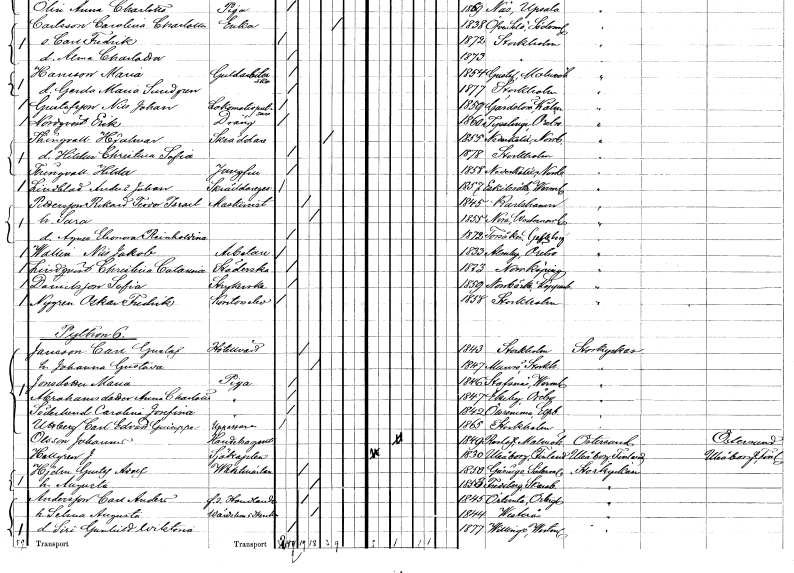
gt_parse: households: individuals: FN: Hjalmar
EN: Thingvall
YRKE: Skräddare
KON: M
CIV: E
FODAR: 1855
FODFORS: Nederkalix Norrbottens län
FN: Hildur Christina Sofia
KON: K
CIV: O
FODAR: 1878
FODFORS: Stockholm
FN: Hilda
EN: Thingvall
YRKE: Jungfru
KON: K
CIV: O
FODAR: 1858
FODFORS: Nederkalix Norrbottens län
FN: Anders Johan
EN: Lindblad
YRKE: Skräddaregesäll
KON: M
CIV: O
FODAR: 1857
FODFORS: Eskilsäter Värmlands län
FN: Rikard Teodor Israel
EN: Pettersson
YRKE: Maskinist
KON: M
CIV: G
FODAR: 1845
FODFORS: Karlshamn Blekinge län
FN: Sara
KON: K
CIV: G
FODAR: 1855
FODFORS: Nora Västernorrlands län
FN: Agnes Eleonora Reinholdina
KON: K
CIV: O
FODAR: 1872
FODFORS: Torsåker Gävleborgs län
FN: Nils Jakob
EN: Wallin
YRKE: Arbetare
KON: M
CIV: O
FODAR: 1833
FODFORS: Almby Örebro län
FN: Christina Catarina
EN: Lindqvist
YRKE: Städerska
KON: K
CIV: O
FODAR: 1823
FODFORS: Norrköping Östergötlands län
FN: Sofia
EN: Danielsson
YRKE: Strykerska
KON: K
CIV: O
FODAR: 1859
FODFORS: Norrbärke Kopparbergs län
FN: Oskar Fredrik
EN: Nygren
YRKE: Kontorselev
KON: M
CIV: O
FODAR: 1858
FODFORS: Stockholm
FN: Carl Gustaf
EN: Jansson
YRKE: Hotellvärd
KON: M
CIV: G
FODAR: 1843
FODFORS: Stockholm
FN: Johanna Gustava
KON: K
CIV: G
FODAR: 1847
FODFORS: Munsö Stockholms län
FN: Maria
EN: Jonsdotter
YRKE: Piga
KON: K
CIV: O
FODAR: 1846
FODFORS: Stavnäs Värmlands län
FN: Anna Charlotta
EN: Abrahamsdotter
YRKE: Piga
KON: K
CIV: O
FODAR: 1847
FODFORS: Ekeby Örebro län
FN: Carolina Josefina
EN: Söderlund
YRKE: Piga
KON: K
CIV: O
FODAR: 1842
FODFORS: Ölsremma Älvsborgs län
FN: Carl Edvard Guiseppe
EN: Uttberg
YRKE: Uppassare
KON: M
CIV: O
FODAR: 1865
FODFORS: Stockholm
FN: Johannes
EN: Olsson
YRKE: Handelsagent
KON: M
CIV: O
FODAR: 1849
FODFORS: Reslöv Malmöhus län
FN: J.
EN: Hellgren
YRKE: Sjökapten
KON: M
CIV: O
FODAR: 1830
FN: Gustaf Adolf
EN: Hjelm
YRKE: Vaktmästare
KON: M
CIV: G
FODAR: 1850
FODFORS: Gåsinge Södermanlands län
FN: Augusta
KON: K
CIV: G
FODAR: 1853
FODFORS: Fredsberg Skaraborgs län
FN: Carl Anders
EN: Andersson
YRKE: Handlande f.d.
KON: M
CIV: G
FODAR: 1845
FODFORS: Örtomta Östergötlands län
FN: Selma Augusta
YRKE: Värdshusidkerska
KON: K
CIV: G
FODAR: 1844
FODFORS: Västerås Västmanlands län
FN: Siri Gunhild Wiktoria
KON: K
CIV: O
FODAR: 1877
FODFORS: Vittinge Västmanlands län